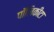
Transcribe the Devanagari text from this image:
पॉलिकीटा